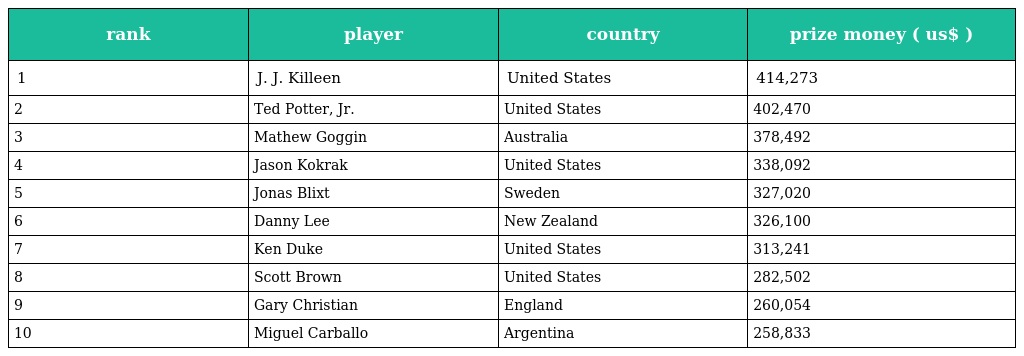
| rank | player | country | prize money ( us$ ) |
 | --- | --- | --- | --- |
 | 1 | J. J. Killeen | United States | 414,273 |
 | 2 | Ted Potter, Jr. | United States | 402,470 |
 | 3 | Mathew Goggin | Australia | 378,492 |
 | 4 | Jason Kokrak | United States | 338,092 |
 | 5 | Jonas Blixt | Sweden | 327,020 |
 | 6 | Danny Lee | New Zealand | 326,100 |
 | 7 | Ken Duke | United States | 313,241 |
 | 8 | Scott Brown | United States | 282,502 |
 | 9 | Gary Christian | England | 260,054 |
 | 10 | Miguel Carballo | Argentina | 258,833 |